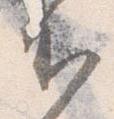
下